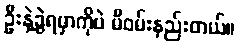
ဦးနဲ့ခွဲရမှာကိုပဲ မီဝမ်းနည်းတယ်။